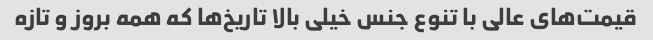
قیمت‌های عالی با تنوع جنس خیلی بالا تاریخ‌ها که همه بروز و تازه